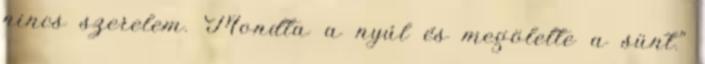
nincs szerelem. Mondta a nyúl és megölelte a sünt."